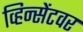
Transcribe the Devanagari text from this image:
व्हिन्सेंटवर